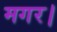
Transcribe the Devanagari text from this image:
मगर।